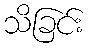
သိခြင်း